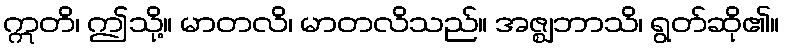
ဣတိ၊ ဤသို့။ မာတလိ၊ မာတလိသည်။ အဇ္ဈဘာသိ၊ ရွတ်ဆို၏။